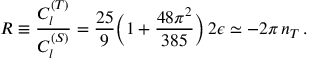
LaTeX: R \equiv { \frac { C _ { l } ^ { ( T ) } } { C _ { l } ^ { ( S ) } } } = { \frac { 2 5 } { 9 } } \Big ( 1 + { \frac { 4 8 \pi ^ { 2 } } { 3 8 5 } } \Big ) \, 2 \epsilon \simeq - 2 \pi \, n _ { T } \, .